Lunatic asylums Punjab 1911-1921 - 1911-1921
Year: 1911
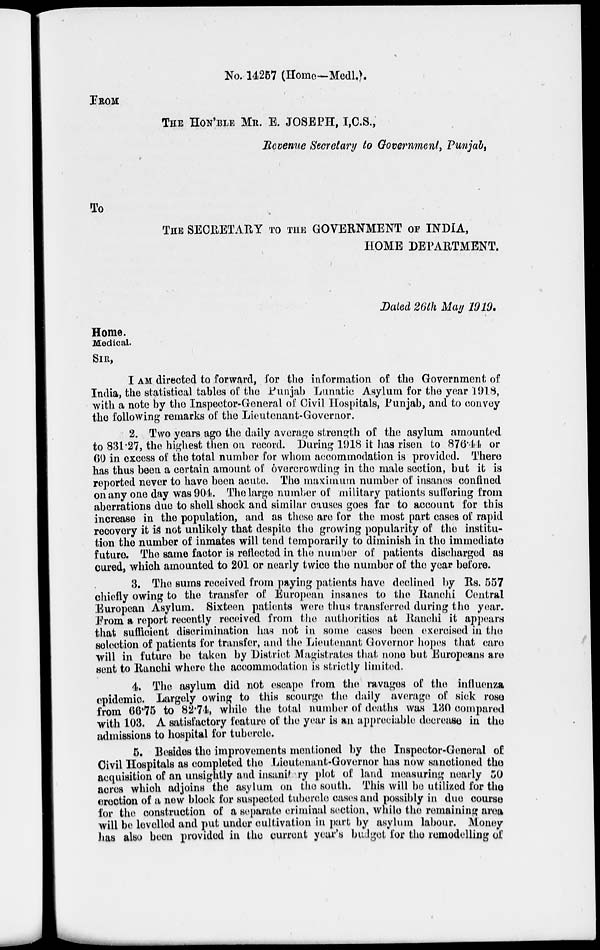
No. 14257 (Home-Medl.).
FROM
THE HON'BLE MR. E. JOSEPH, I,C.S.,
Revenue Secretary to Government, Punjab,
TO
THE SECRETARY TO THE GOVERNMENT OF INDIA,
HOME DEPARTMENT.
Dated 26th May 1919.
Home.
Medical.
SIR,
I AM directed to forward, for the information of the Government of
India, the statistical tables of the Punjab Lunatic Asylum for the year 1918,
with a note by the Inspector-General of Civil Hospitals, Punjab, and to convey
the following remarks of the Lieutenant-Governor.
2. Two years ago the daily average strength of the asylum amounted
to 831.27, the highest then on record. During 1918 it has risen to 876.44 or
60 in excess of the total number for whom accommodation is provided. There
has thus been a certain amount of overcrowding in the male section, but it is
reported never to have been acute. The maximum number of insanes confined
on any one day was 904. The large number of military patients suffering from
aberrations due to shell shock and similar causes goes far to account for this
increase in the population, and as these are for the most part cases of rapid
recovery it is not unlikely that despite the growing popularity of the institu-
tion the number of inmates will tend temporarily to diminish in the immediate
future. The same factor is reflected in the number of patients discharged as
cured, which amounted to 201 or nearly twice the number of the year before.
3. The sums received from paying patients have declined by Rs. 557
chiefly owing to the transfer of European insanes to the Ranchi Central
European Asylum. Sixteen patients were thus transferred during the year.
From a report recently received from the authorities at Ranchi it appears
that sufficient discrimination has not in some cases been exercised in the
selection of patients for transfer, and the Lieutenant Governor hopes that care
will in future be taken by District Magistrates that none but Europeans are
sent to Ranchi where the accommodation is strictly limited.
4. The asylum did not escape from the ravages of the influenza
epidemic. Largely owing to this scourge the daily average of sick rose
from 66.75 to 82.74, while the total number of deaths was 130 compared
with 103. A satisfactory feature of the year is an appreciable decrease in the
admissions to hospital for tubercle.
5. Besides the improvements mentioned by the Inspector-General of
Civil Hospitals as completed the Lieutenant-Governor has now sanctioned the
acquisition of an unsightly and insanitary plot of land measuring nearly 50
acres which adjoins the asylum on the south. This will be utilized for the
erection of a new block for suspected tubercle cases and possibly in due course
for the construction of a separate criminal section, while the remaining area
will be levelled and put under cultivation in part by asylum labour. Money
has also been provided in the current year's budget for the remodelling of